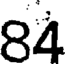
84